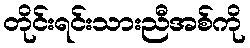
တိုင်းရင်းသားညီအစ်ကို